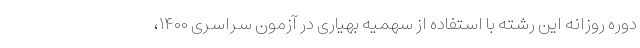
دوره روزانه این رشته با استفاده از سهمیه بهیاری در آزمون سراسری ۱۴۰۰،